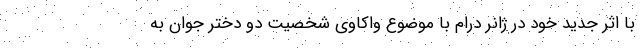
با اثر جدید خود در ژانر درام با موضوع واکاوی شخصیت دو دختر جوان به